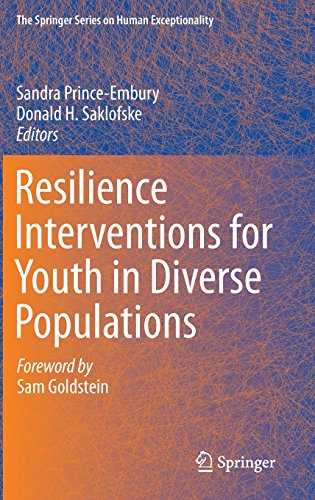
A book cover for Resilience Interventions for Youth in Diverse Populations (The Springer Series on Human Exceptionality); Medical Books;